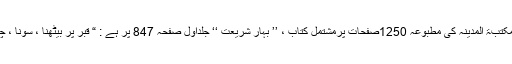
دعوتِ اسلامی کے اِشاعتی ادارے مکتبۃُ المدینہ کی مطبوعہ 1250صَفحات پرمشتمل کتاب ، ’’ بہارِ شریعت ‘‘ جلداوّل صَفْحَہ 847 پر ہے : “ قبر پر بیٹھنا ، سونا ، چلنا ، پاخانہ ، پیشاب کرنا حرام ہے۔